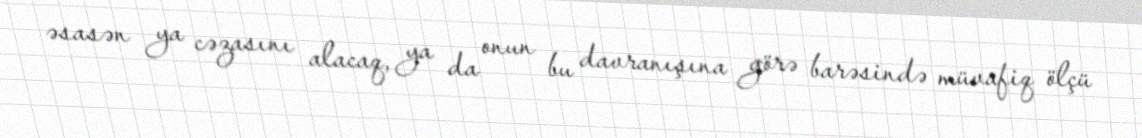
əsasən ya cəzasını alacaq, ya da onun bu davranışına görə barəsində müvafiq ölçü